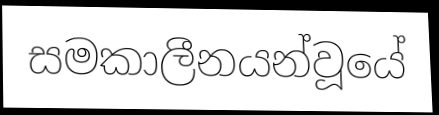
සමකාලීනයන්වූයේ